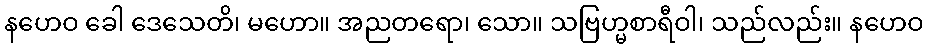
နဟေဝ ခေါ ဒေသေတိ၊ မဟော။ အညတရော၊ သော။ သဗြဟ္မစာရီဝါ၊ သည်လည်း။ နဟေဝ